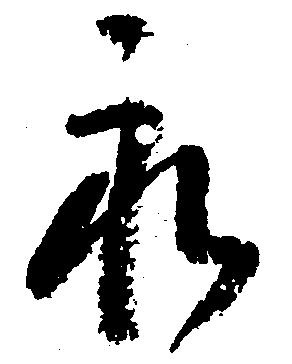
永